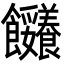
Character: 𩟼